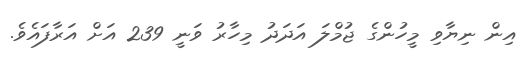
އިން ނިޔާވި މީހުންގެ ޖުމްލަ އަދަދު މިހާރު ވަނީ 239 އަށް އަރާފައެވެ.